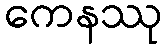
ကေနဿု